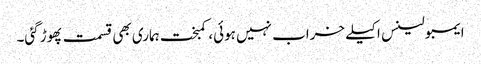
ایمبولینس اکیلے خراب نہیں ہوئی، کمبخت ہماری بھی قسمت پھوڑ گئی۔